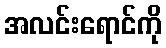
အလင်းရောင်ကို